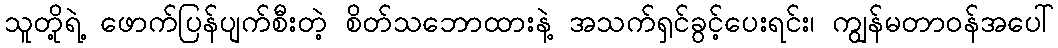
သူတို့ရဲ့ ဖောက်ပြန်ပျက်စီးတဲ့ စိတ်သဘောထားနဲ့ အသက်ရှင်ခွင့်ပေးရင်း၊ ကျွန်မတာဝန်အပေါ်